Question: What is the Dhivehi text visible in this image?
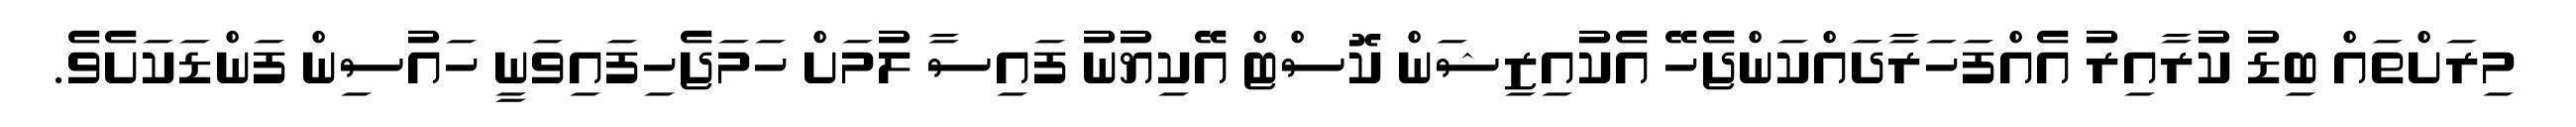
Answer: މިރަށްތައް ބިޑު ކުރާއިރު އެއްފަހަރާދައްކަންޖެހޭ އެކުއިޒިޝަން ކޮސްޓް އޭކިޔުނު ފައިސާ ލުމަށް ހަމަޖެހިފައިވަނީ ހައުސިން ފަންޑަކަށެވެ.